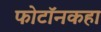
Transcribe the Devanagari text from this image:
फोटॉनकहा